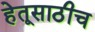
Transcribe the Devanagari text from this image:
हेतूसाठीच